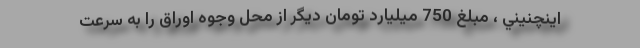
اينچنيني ،‌ مبلغ 750 ميليارد تومان ديگر از محل وجوه اوراق را به سرعت